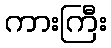
ကားကြီး